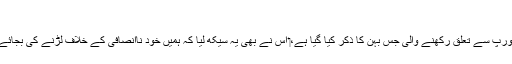
‏
15 مضمون کے شروع میں جنوبی یورپ سے تعلق رکھنے والی جس بہن کا ذکر کِیا گیا ہے،‏ اُس نے بھی یہ سیکھ لیا کہ ہمیں خود نااِنصافی کے خلاف لڑنے کی بجائے معاملے کو خدا پر چھوڑ دینا چاہیے۔